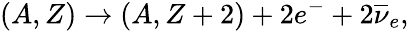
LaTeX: (A,Z)\rightarrow(A,Z+2)+2e^{-}+2{\overline{{{\nu}}}}_{e},